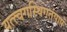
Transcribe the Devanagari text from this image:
यत्त्वगस्थिगतंपापं